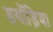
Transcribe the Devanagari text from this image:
डयोंड़िया